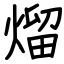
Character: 熘